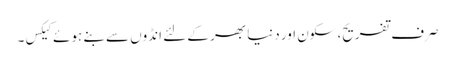
صرف تفریح، سکون اور دنیا بھر کے لئے انڈوں سے بنے ہوئے کیکس۔